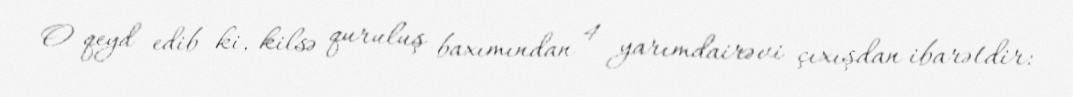
O qeyd edib ki, kilsə quruluş baxımından 4 yarımdairəvi çıxışdan ibarətdir: